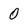
Character: 0